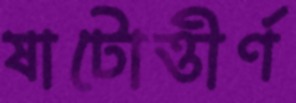
ষাটোত্তীর্ণ